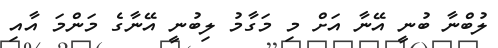
ލުބްނާ ބުނީ އޭނާ އަށް މި މަގާމު ލިބުނީ އޭނާގެ މަންމަ އާއި